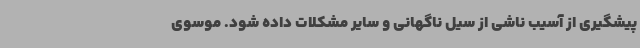
پیشگیری از آسیب ناشی از سیل ناگهانی و سایر مشکلات داده شود. موسوی